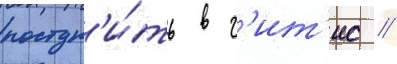
поступ'и́ть в г'ит'ис /